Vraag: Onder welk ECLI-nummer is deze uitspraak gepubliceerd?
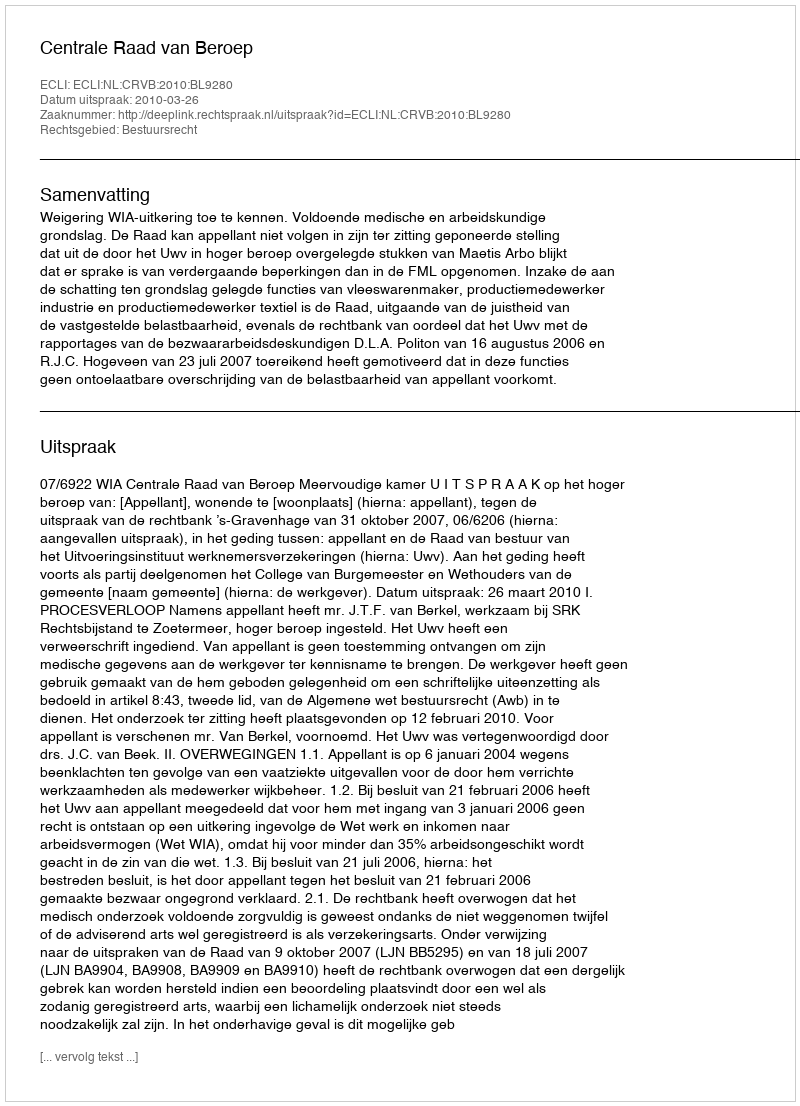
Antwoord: ECLI:NL:CRVB:2010:BL9280